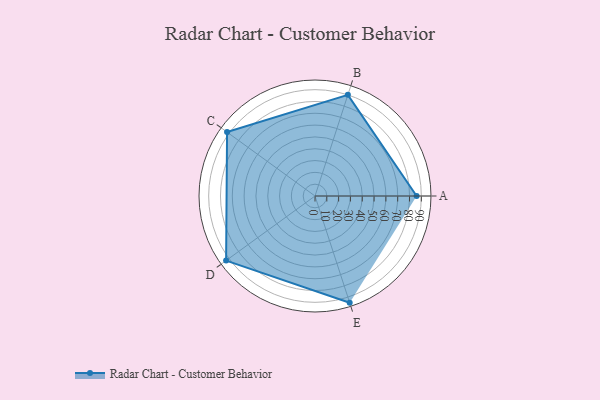
{"axis": {"x": "Skill", "y": "Score"}, "legend": ["Profile"], "data": [{"x": "A", "y": 86.0, "type": "Profile"}, {"x": "B", "y": 90.0, "type": "Profile"}, {"x": "C", "y": 92.0, "type": "Profile"}, {"x": "D", "y": 93.0, "type": "Profile"}, {"x": "E", "y": 95.0, "type": "Profile"}]}